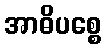
အာဓိပစ္စေ